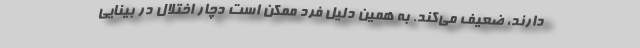
دارند، ضعیف می‌کند. به همین‌ دلیل فرد ممکن است دچار اختلال در بینایی